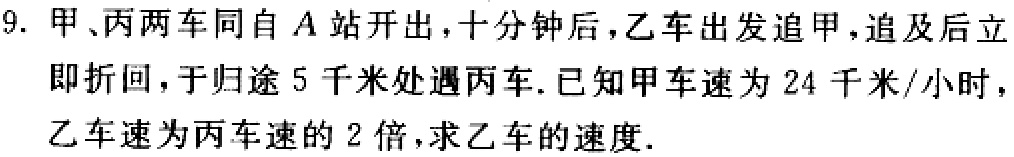
9. 甲、丙两车同自\(A\)站开出，十分钟后，乙车出发追甲，追及后立即折回，于归途\(5\)千米处遇丙车. 已知甲车速为\(24\)千米/小时，乙车速为丙车速的\(2\)倍，求乙车的速度.